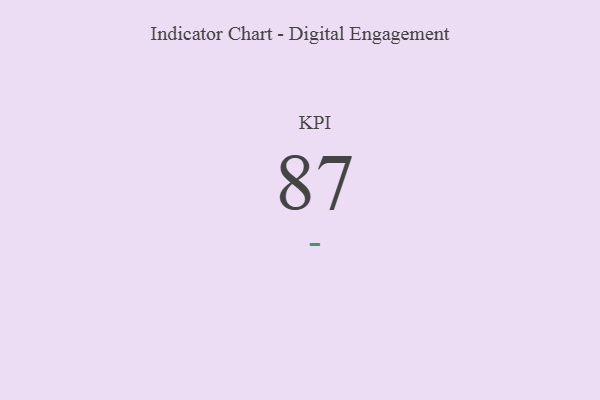
{"axis": {"x": "KPI", "y": "Value"}, "legend": [""], "data": [{"x": "KPI", "y": 87, "type": ""}]}